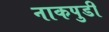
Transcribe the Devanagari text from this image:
नाकपुडी